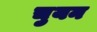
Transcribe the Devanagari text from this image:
चुयन